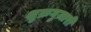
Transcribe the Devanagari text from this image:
शुक्रगुज़ारी